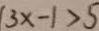
3 x - 1 > 5